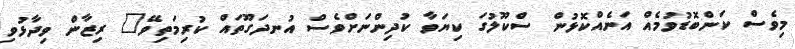
މިވެސް ކަންބޮޑުވުމެއް އަނެއްކޮޅުން ސްކޫލުގަ ކިޔަވާ ކުދިންނަށްވެސް އުނދަގޫތައް ކުރިމަތިވޭ" ރިޒާން ވިދާޅުވި